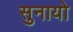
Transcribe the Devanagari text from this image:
सुनायो